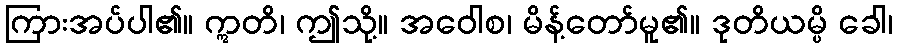
ကြားအပ်ပါ၏။ ဣတိ၊ ဤသို့။ အဝေါစ၊ မိန့်တော်မူ၏။ ဒုတိယမ္ပိ ခေါ၊